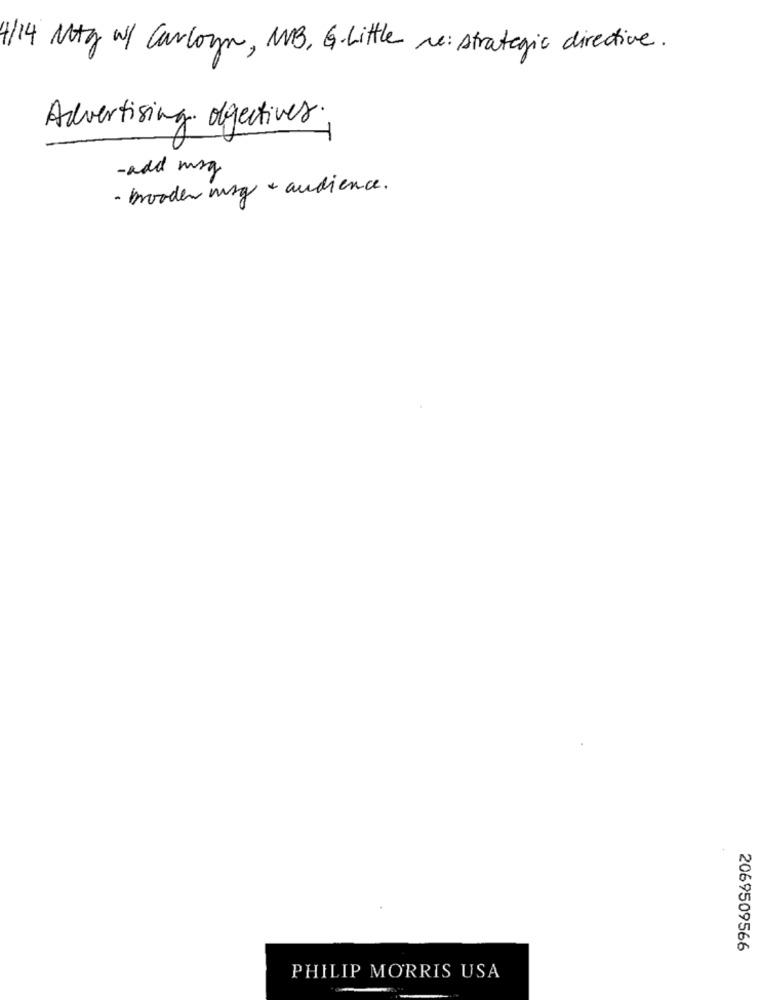
4/14 Mtg w/ Carloyn, MB, G.Little re: strategic directive.
Advertising objectives.
-add mig
- broaden mg + audience .
2069509566
PHILIP MORRIS USA